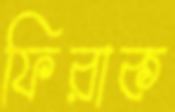
ফিরাক